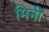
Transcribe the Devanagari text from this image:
मिनी